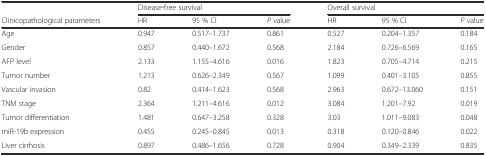
<table><thead><tr><td></td><td colspan="3"><b>Disease-free survival</b></td><td colspan="3"><b>Overall survival</b></td></tr><tr><td><b>Clinicopathological parameters</b></td><td><b>HR</b></td><td><b>95 % CI</b></td><td><b><i>P</i> value</b></td><td><b>HR</b></td><td><b>95 % CI</b></td><td><b><i>P</i> value</b></td></tr></thead><tbody><tr><td>Age</td><td>0.947</td><td>0.517–1.737</td><td>0.861</td><td>0.527</td><td>0.204–1.357</td><td>0.184</td></tr><tr><td>Gender</td><td>0.857</td><td>0.440–1.672</td><td>0.568</td><td>2.184</td><td>0.726–6.569</td><td>0.165</td></tr><tr><td>AFP level</td><td>2.133</td><td>1.155–4.616</td><td>0.016</td><td>1.823</td><td>0.705–4.714</td><td>0.215</td></tr><tr><td>Tumor number</td><td>1.213</td><td>0.626–2.349</td><td>0.567</td><td>1.099</td><td>0.401–3.105</td><td>0.855</td></tr><tr><td>Vascular invasion</td><td>0.82</td><td>0.414–1.623</td><td>0.568</td><td>2.963</td><td>0.672–13.060</td><td>0.151</td></tr><tr><td>TNM stage</td><td>2.364</td><td>1.211–4.616</td><td>0.012</td><td>3.084</td><td>1.201–7.92</td><td>0.019</td></tr><tr><td>Tumor differentiation</td><td>1.481</td><td>0.647–3.258</td><td>0.328</td><td>3.03</td><td>1.011–9.083</td><td>0.048</td></tr><tr><td>miR-19b expression</td><td>0.455</td><td>0.245–0.845</td><td>0.013</td><td>0.318</td><td>0.120–0.846</td><td>0.022</td></tr><tr><td>Liver cirrhosis</td><td>0.897</td><td>0.486–1.656</td><td>0.728</td><td>0.904</td><td>0.349–2.339</td><td>0.835</td></tr></tbody></table>